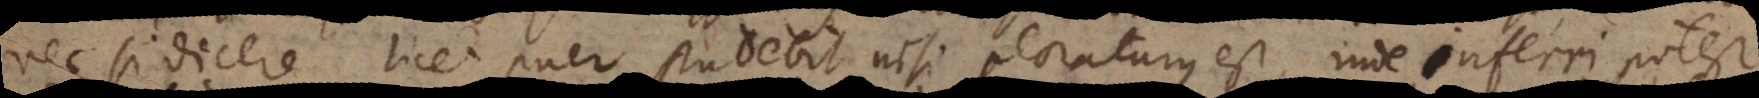
nec si dicere licet puer studebit nisi ploraturus est, inde inferri potest